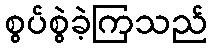
စွပ်စွဲခဲ့ကြသည်